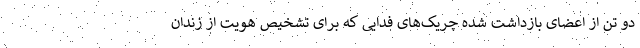
دو تن از اعضای بازداشت شده چریک‌های فدایی که برای تشخیص هویت از زندان